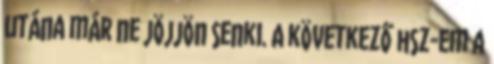
utána már ne jöjjön senki. A következő hsz-em a